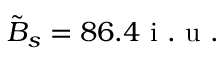
\tilde { B } _ { s } = 8 6 . 4 \mathrm { ~ i ~ . ~ u ~ . ~ }